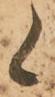
候